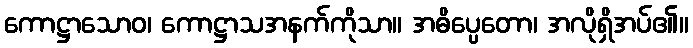
ကောဋ္ဌာသောဝ၊ ကောဋ္ဌာသအနက်ကိုသာ။ အဓိပ္ပေတော၊ အလိုရှိအပ်၏။